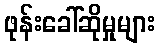
ဖုန်းခေါ်ဆိုမှုများ